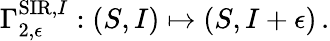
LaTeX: \Gamma_{2,\epsilon}^{\mathrm{SIR},I}:(S,I)\mapsto\left(S,I+\epsilon\right)\, .